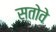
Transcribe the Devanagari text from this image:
स्तोवे